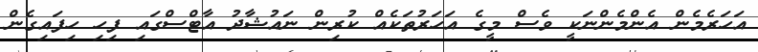
އަހަރެމެން އެންމެންނަކީ ވެސް މީގެ އަހަރުތަކެއް ކުރިން ނައުޝާދު އާޓްސްގައި ފިހި ހިފައިގެން